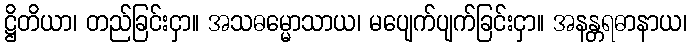
ဋ္ဌိတိယာ၊ တည်ခြင်းငှာ။ အသဓမ္မောသာယ၊ မပျေက်ပျက်ခြင်းငှာ။ အနန္တရဓာနာယ၊